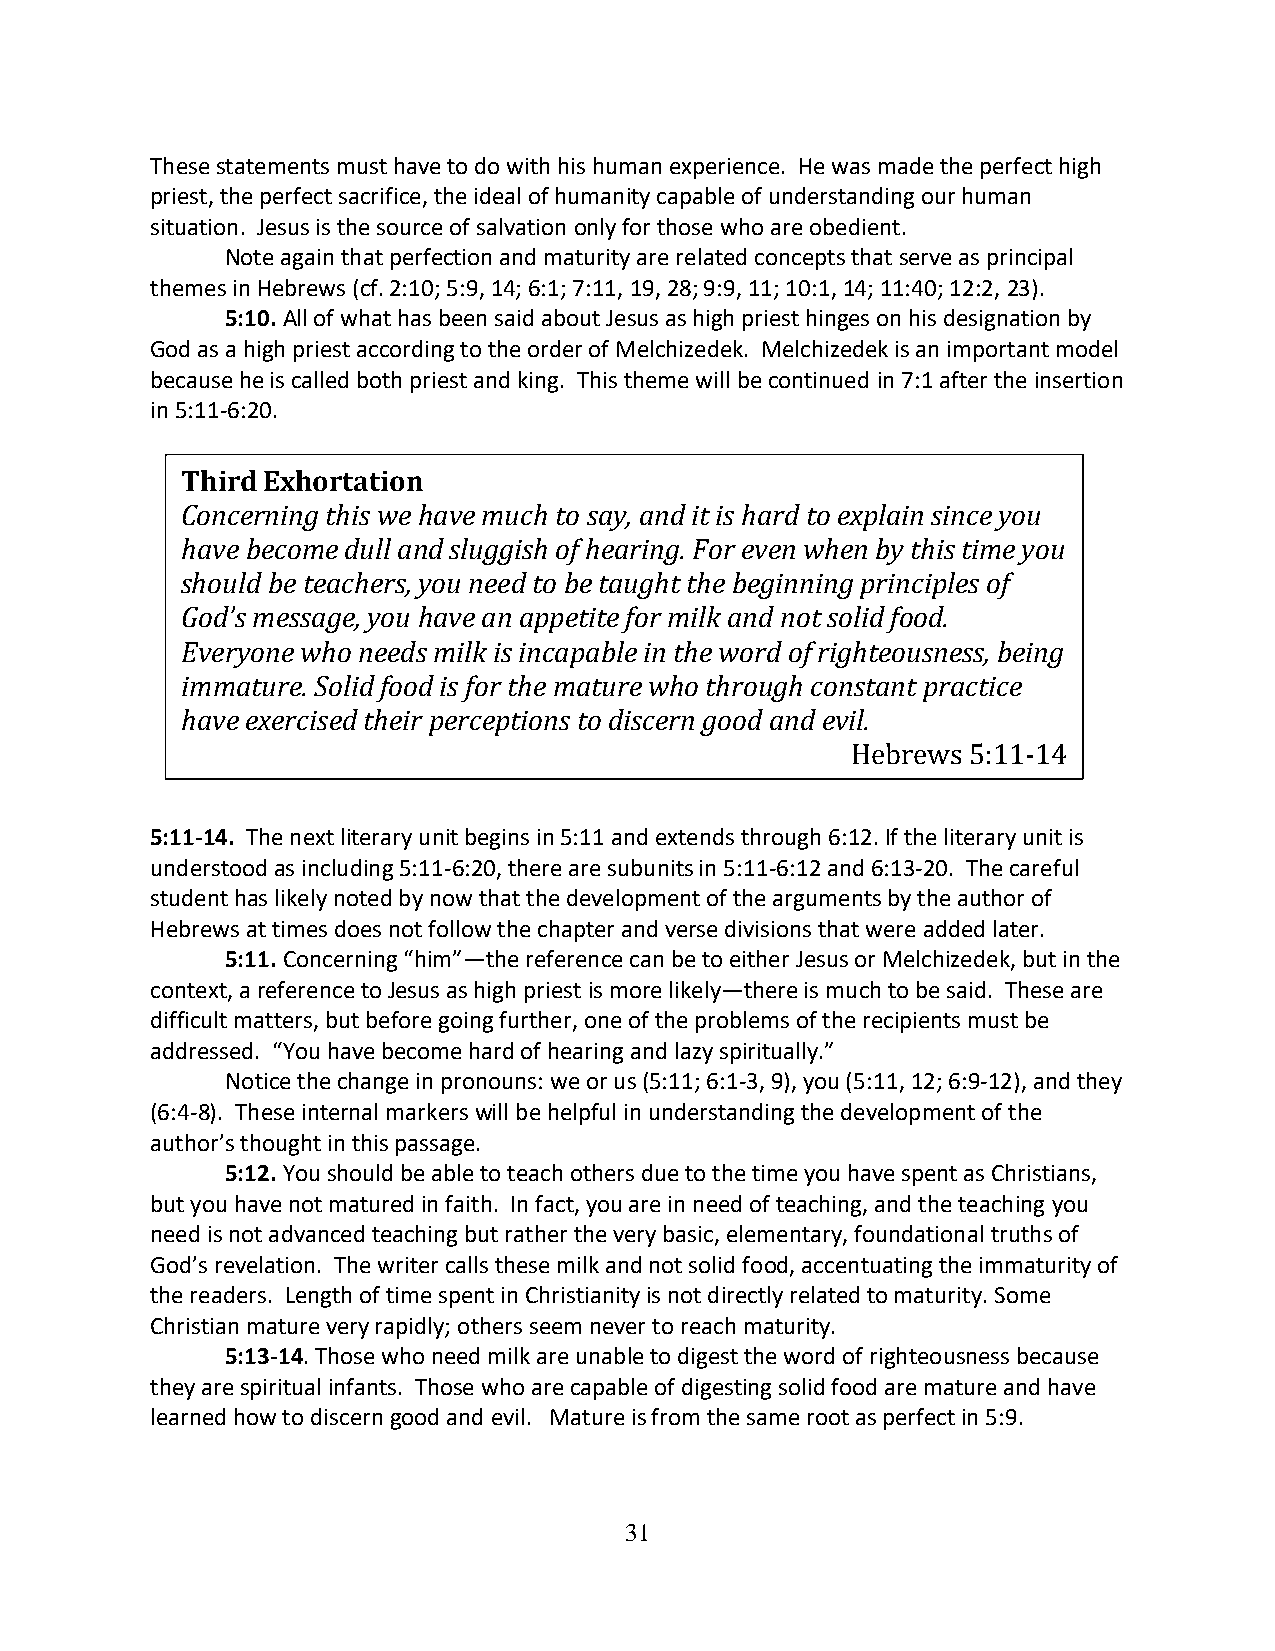
These statements must have to do with his human experience. He was made the perfect high
 priest, the perfect sacrifice, the ideal of humanity capable of understanding our human
 situation. Jesus is the source of salvation only for those who are obedient.
 Note again that perfection and maturity are related concepts that serve as principal
 themes in Hebrews (cf. 2:10; 5:9, 14; 6:1; 7:11, 19, 28; 9:9, 11; 10:1, 14; 11:40; 12:2, 23).
 5:10. All of what has been said about Jesus as high priest hinges on his designation by
 God as a high priest according to the order of Melchizedek. Melchizedek is an important model
 because he is called both priest and king. This theme will be continued in 7:1 after the insertion
 in 5:11-6:20.
 Third Exhortation
 Concerning this we have much to say, and it is hard to explain since you
 have become dull and sluggish of hearing. For even when by this time you
 should be teachers, you need to be taught the beginning principles of
 God’s message, you have an appetite for milk and not solid food.
 Everyone who needs milk is incapable in the word of righteousness, being
 immature. Solid food is for the mature who through constant practice
 have exercised their perceptions to discern good and evil.
 Hebrews 5:11-14
 5:11-14. The next literary unit begins in 5:11 and extends through 6:12. If the literary unit is
 understood as including 5:11-6:20, there are subunits in 5:11-6:12 and 6:13-20. The careful
 student has likely noted by now that the development of the arguments by the author of
 Hebrews at times does not follow the chapter and verse divisions that were added later.
 5:11. Concerning “him”—the reference can be to either Jesus or Melchizedek, but in the
 context, a reference to Jesus as high priest is more likely—there is much to be said. These are
 difficult matters, but before going further, one of the problems of the recipients must be
 addressed. “You have become hard of hearing and lazy spiritually.”
 Notice the change in pronouns: we or us (5:11; 6:1-3, 9), you (5:11, 12; 6:9-12), and they
 (6:4-8). These internal markers will be helpful in understanding the development of the
 author’s thought in this passage.
 5:12. You should be able to teach others due to the time you have spent as Christians,
 but you have not matured in faith. In fact, you are in need of teaching, and the teaching you
 need is not advanced teaching but rather the very basic, elementary, foundational truths of
 God’s revelation. The writer calls these milk and not solid food, accentuating the immaturity of
 the readers. Length of time spent in Christianity is not directly related to maturity. Some
 Christian mature very rapidly; others seem never to reach maturity.
 5:13-14. Those who need milk are unable to digest the word of righteousness because
 they are spiritual infants. Those who are capable of digesting solid food are mature and have
 learned how to discern good and evil. Mature is from the same root as perfect in 5:9.
 31